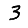
Digit: 3